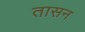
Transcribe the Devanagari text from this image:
तासन